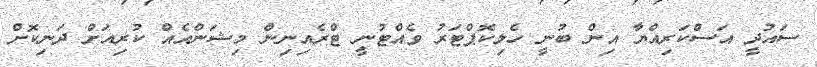
ސައުދީ އަސްކަރިއްޔާ އިން ބުނީ ހެލިކޮޕްޓަރު ވެއްޓުނީ ޓްރެއިނިން މިޝަންއެއް ކުރިއަށް ދަނިކޮށް